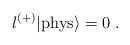
\begin{align*}\l^{(+)} |{\rm phys}\rangle = 0\; .\end{align*}